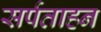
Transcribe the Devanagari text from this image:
सर्पताहन